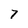
Character: 7